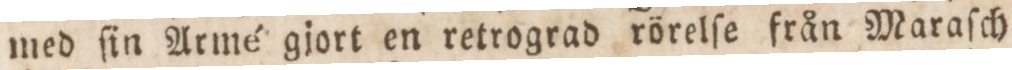
med ſin Armé gjort en retrograd rörelſe från Maraſch